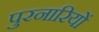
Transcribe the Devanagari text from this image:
पुरनारियों